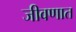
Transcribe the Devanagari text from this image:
जीवणात